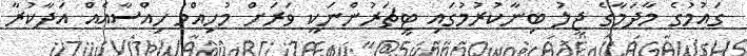
ގައުމުގެ މާދަމާގެ ޖީލު ބިނާކުރުމުގައި ޓީޗަރުންނަކީ ވަރަށް މުހިއްމު ހިއްސާއެއް އަދާކުރާ